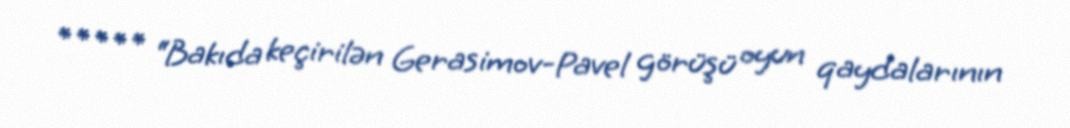
***** “Bakıda keçirilən Gerasimov-Pavel görüşü oyun qaydalarının